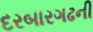
દરબારગઢની